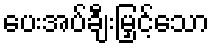
ပေးအပ်ချီးမြှင့်သော